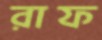
রাফ